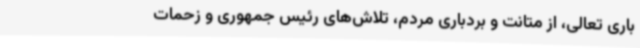
باری تعالی، از متانت و بردباری مردم، تلاش‌های رئیس جمهوری و زحمات